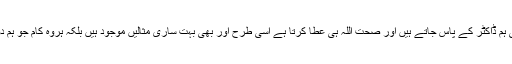
مثلا شفا عطا کرنا اور صحت عطا کرنا اللہ ہی کے ہاتھ میں ہیں لیکن پھر بھی ہم ڈاکٹر کے پاس جاتے ہیں اور صحت اللہ ہی عطا کرتا ہے اسی طرح اور بھی بہت ساری مثالیں موجود ہیں بلکہ ہروہ کام جو ہم دوسروں کے ذریع انجام دیتے ہیں وسلیلے کے لیئے بہترین مثال اور دلیل ہیں ۔